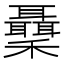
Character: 𥤋